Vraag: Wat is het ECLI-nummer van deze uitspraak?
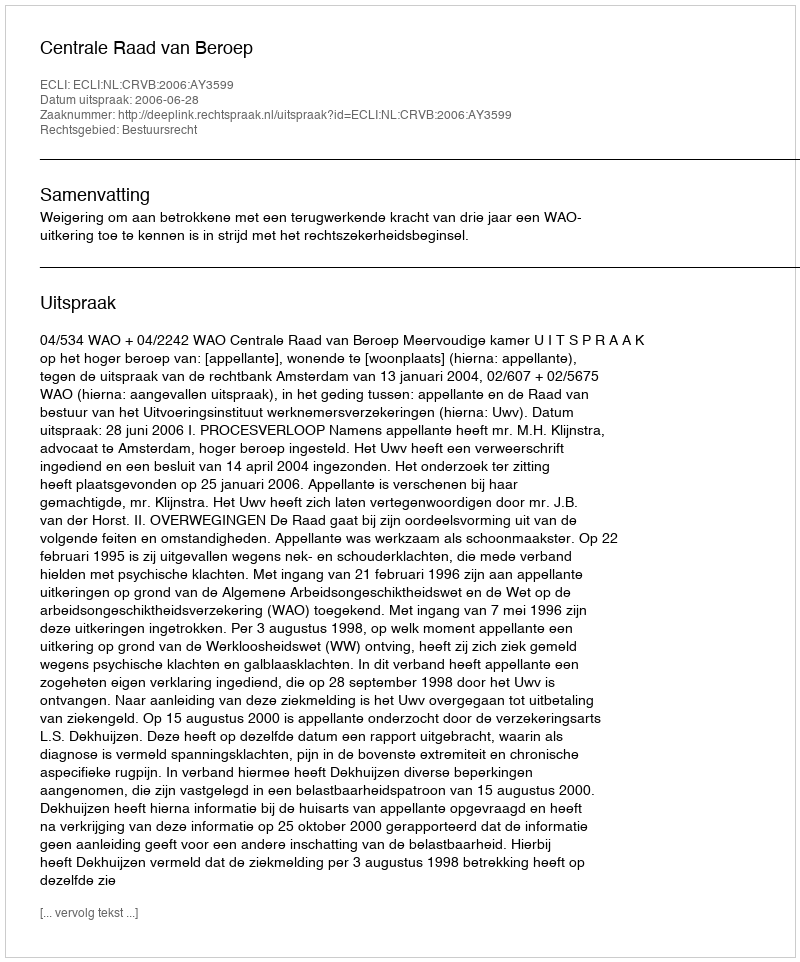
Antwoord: ECLI:NL:CRVB:2006:AY3599